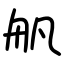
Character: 舤